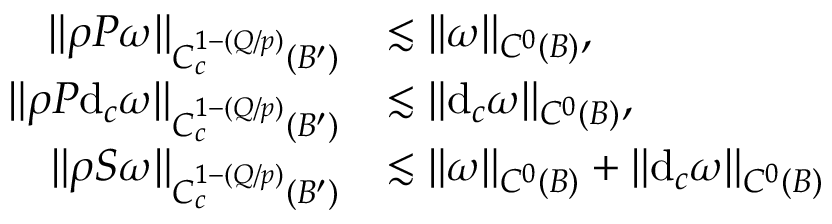
\begin{array} { r l } { \| \rho P \omega \| _ { C _ { c } ^ { 1 - ( Q / p ) } ( B ^ { \prime } ) } } & { \lesssim \| \omega \| _ { C ^ { 0 } ( B ) } , } \\ { \| \rho P \mathrm { d } _ { c } \omega \| _ { C _ { c } ^ { 1 - ( Q / p ) } ( B ^ { \prime } ) } } & { \lesssim \| \mathrm { d } _ { c } \omega \| _ { C ^ { 0 } ( B ) } , } \\ { \| \rho S \omega \| _ { C _ { c } ^ { 1 - ( Q / p ) } ( B ^ { \prime } ) } } & { \lesssim \| \omega \| _ { C ^ { 0 } ( B ) } + \| \mathrm { d } _ { c } \omega \| _ { C ^ { 0 } ( B ) } } \end{array}